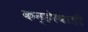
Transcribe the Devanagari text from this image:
कन्हेरवाडी